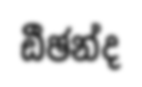
ඩීඡන්ද